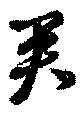
君